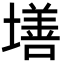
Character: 墡